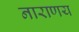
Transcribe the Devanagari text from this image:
नाराणय